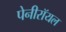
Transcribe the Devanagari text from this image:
पेनीरॉयल